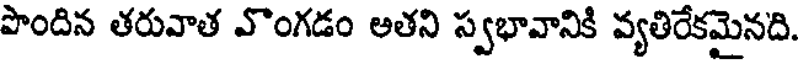
పొందిన తరువాత వొంగడం అతని స్వభావానికి వ్యతిరేకమైనది.